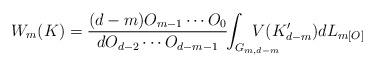
LaTeX: \begin{align*}W_m(K)=\frac{(d-m) O_{m-1}\cdots O_0}{d O_{d-2}\cdots O_{d-m-1}} \!\! \int_{G_{m,d-m}} \!\!\!\!\!\!\!\!\!\!\! V(K'_{d-m})dL_{m [O]}\end{align*}